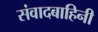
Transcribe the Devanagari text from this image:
संवादबाहिनी